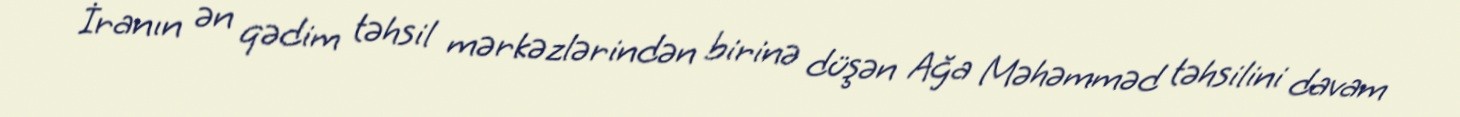
İranın ən qədim təhsil mərkəzlərindən birinə düşən Ağa Məhəmməd təhsilini davam